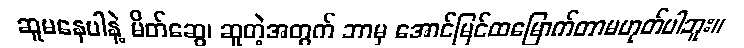
ဆူမနေပါနဲ့ မိတ်ဆွေ၊ ဆူတဲ့အတွက် ဘာမှ အောင်မြင်ထမြောက်တာမဟုတ်ပါဘူး။